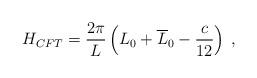
LaTeX: \begin{align*}H_{CFT}=\displaystyle\frac{2\pi }{L}\left( L_{0}+\overline{L}_{0}-\displaystyle\frac{c}{12}\right) \: ,\end{align*}